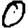
Digit: 0